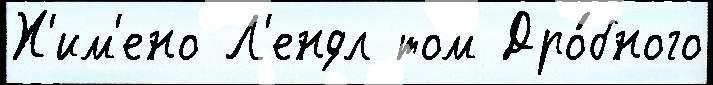
Х'им'ено Л'ендл том Дро́бного